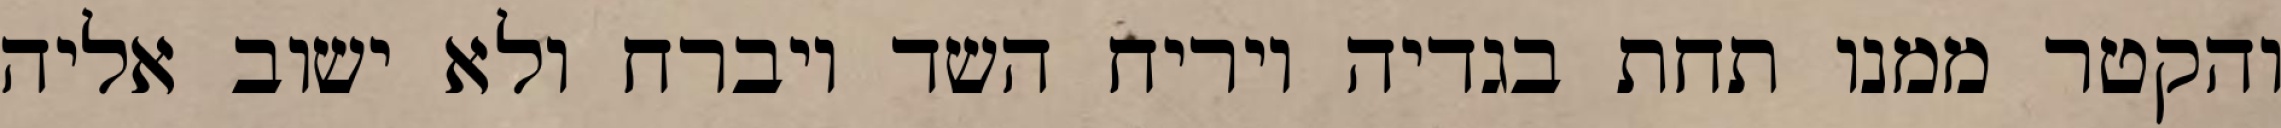
והקטר ממנו תחת בגדיה ויריח השד ויברח ולא ישוב אליה